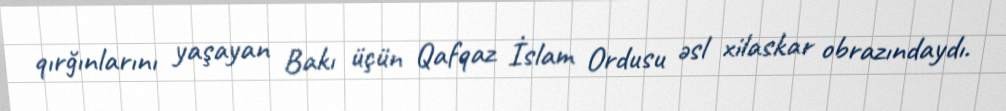
qırğınlarını yaşayan Bakı üçün Qafqaz İslam Ordusu əsl xilaskar obrazındaydı.